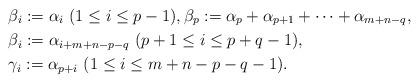
LaTeX: \begin{align*}&\beta_i:=\alpha_i \ (1\leq i\leq p-1), \beta_p:=\alpha_p+\alpha_{p+1}+\cdots+\alpha_{m+n-q},\\&\beta_i:= \alpha_{i+m+n-p-q} \ (p+1\leq i\leq p+q-1),\\&\gamma_i:=\alpha_{p+i}\ (1\leq i\leq m+n-p-q-1).\end{align*}